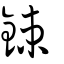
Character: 鋉